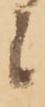
候